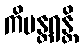
ကိမန္တရန္တိ